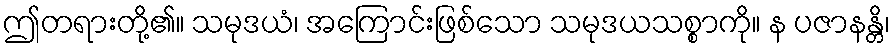
ဤတရားတို့၏။ သမုဒယံ၊ အကြောင်းဖြစ်သော သမုဒယသစ္စာကို။ န ပဇာနန္တိ၊